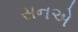
સનએ